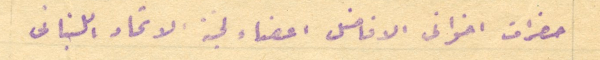
حضرات اخوانى الافاضل اعضاء لجنة الاتحاد اللبنانى